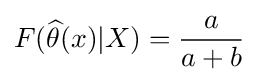
F({\widehat {\theta }}(x)|X)={\frac {a}{a+b}}